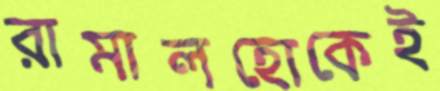
রামালহোকেই